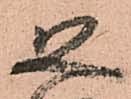
恐